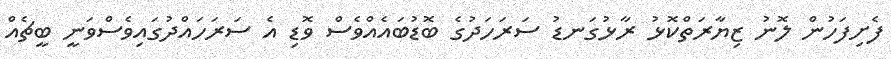
ފެށިފަހުން ލޮނު ޒިޔާރަތްކޮޅު ރާޅުގަނޑު ސަރަހަދުގެ ބޮޑުބައެއްވެސް ވޮޑި އެ ސަރަހައްދުގައިވެސްވަނީ ބީޗެއް